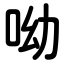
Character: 呦